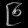
Digit: ၉